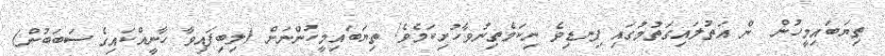
ތިޔަބައިމީހުން  ން އަތުލައިގަތުމުގައި ފިނޑިވެ ނިކަމެތިނުވާހުށިކަމެވެ! ތިޔަބައިމީހުންނަށް (ލިބިފައިވާ ހާނީއްކައިގެ ސަބަބުން)